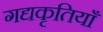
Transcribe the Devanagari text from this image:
गद्यकृतियाँ